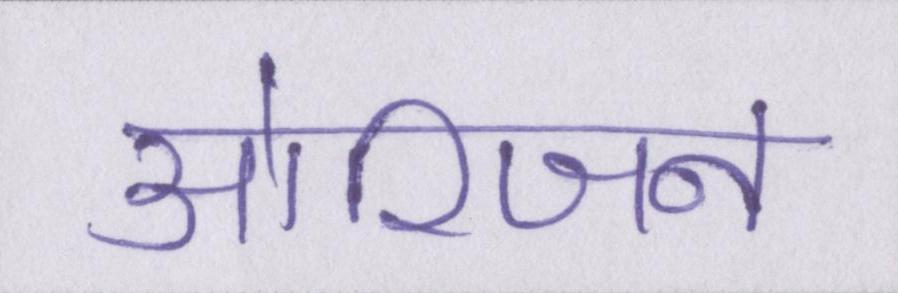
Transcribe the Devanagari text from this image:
ओरिजन